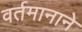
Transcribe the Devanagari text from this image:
वर्तमानाने